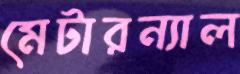
মেটারন্যাল